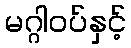
မဂ္ဂါဝပ်နှင့်